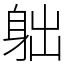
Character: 䠳